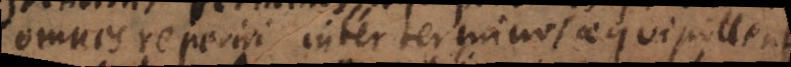
omnes reperiri inter terminos aequipollentes